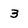
Character: 3